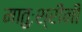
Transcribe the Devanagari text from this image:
मातुःश्रींनी